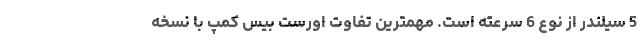
5 سیلندر از نوع 6 سرعته است. مهمترین تفاوت اورست بیس کمپ با نسخه